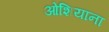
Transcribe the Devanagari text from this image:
ओशियाना